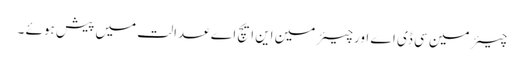
چیئرمین سی ڈی اے اورچیئرمین این ایچ اے عدالت میں پیش ہوئے ۔